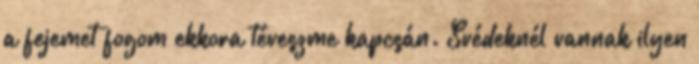
a fejemet fogom ekkora téveszme kapcsán. Svédeknél vannak ilyen